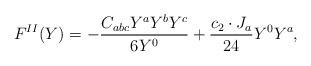
LaTeX: \begin{align*}F^{II}(Y)=-{{C_{abc}Y^aY^bY^c}\over{6Y^0}}+{{c_2\cdot J_a}\over{24}}Y^0Y^a,\end{align*}